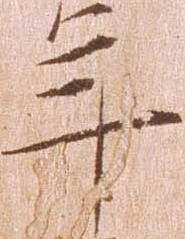
年